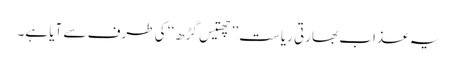
یہ عذاب بھارتی ریاست ’’چھتیس گڑھ‘‘ کی طرف سے آیا ہے۔